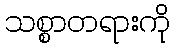
သစ္စာတရားကို